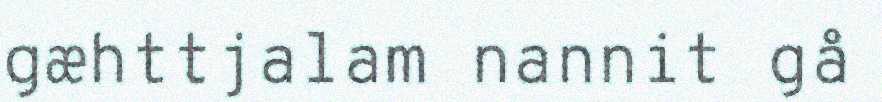
gæhttjalam nannit gå